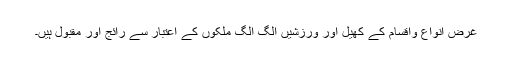
غرض انواع واقسام کے کھیل اور ورزشیں الگ الگ ملکوں کے اعتبار سے رائج اور مقبول ہیں۔